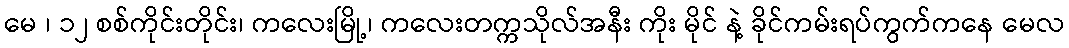
မေ ၊ ၁၂ စစ်ကိုင်းတိုင်း၊ ကလေးမြို့၊ ကလေးတက္ကသိုလ်အနီး ကိုး မိုင် နဲ့ ခိုင်ကမ်းရပ်ကွက်ကနေ မေလ